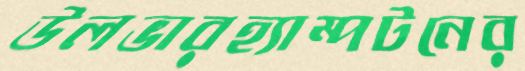
উলভারহ্যাম্পটনের